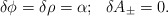
\begin{align*}\delta \phi=\delta \rho=\alpha;~~\delta A_\pm=0.\end{align*}